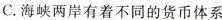
C.海峡两岸有着不同的货币体系